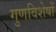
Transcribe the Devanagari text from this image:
गुणविशेषों